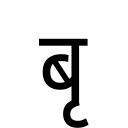
OCR:
बृ